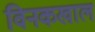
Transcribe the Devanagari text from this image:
विनकखाल